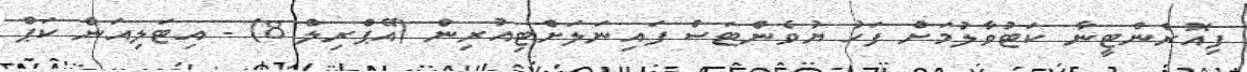
ފިއޮރެންޓީނާ ކަޓުވާލުމަށް ފަހު ޔުވެންޓަސް ފައިނަލަށްޓިއުރިން (އޭޕްރިލް 8) - އިޓަލިއަން ކަޕް